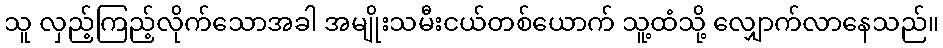
သူ လှည့်ကြည့်လိုက်သောအခါ အမျိုးသမီးငယ်တစ်ယောက် သူ့ထံသို့ လျှောက်လာနေသည်။